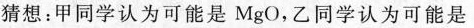
猜想：甲同学认为可能是MgO，乙同学认为可能是